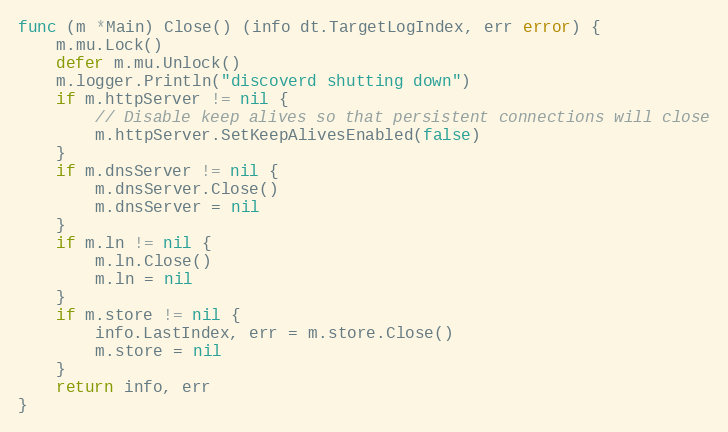
Language: Go
func (m *Main) Close() (info dt.TargetLogIndex, err error) {
	m.mu.Lock()
	defer m.mu.Unlock()
	m.logger.Println("discoverd shutting down")
	if m.httpServer != nil {
		// Disable keep alives so that persistent connections will close
		m.httpServer.SetKeepAlivesEnabled(false)
	}
	if m.dnsServer != nil {
		m.dnsServer.Close()
		m.dnsServer = nil
	}
	if m.ln != nil {
		m.ln.Close()
		m.ln = nil
	}
	if m.store != nil {
		info.LastIndex, err = m.store.Close()
		m.store = nil
	}
	return info, err
}